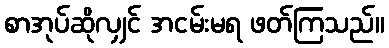
စာအုပ်ဆိုလျှင် အငမ်းမရ ဖတ်ကြသည်။